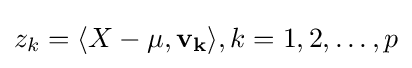
z_{k}=\langle X-\mu ,\mathbf {v_{k}} \rangle ,k=1,2,\dots ,p